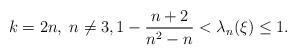
LaTeX: \begin{align*} k=2n, \; n\neq 3, 1-\frac{n+2}{n^2-n} < \lambda_{n}(\xi)\leq 1.\end{align*}